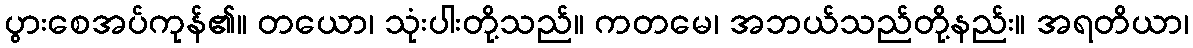
ပွားစေအပ်ကုန်၏။ တယော၊ သုံးပါးတို့သည်။ ကတမေ၊ အဘယ်သည်တို့နည်း။ အရတိယာ၊